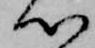
心